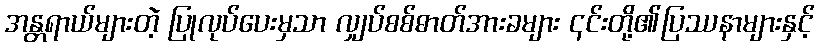
အန္တရာယ်များတဲ့ ပြုလုပ်ပေးမှသာ လျှပ်စစ်ဓာတ်အားခများ ၎င်းတို့၏ပြဿနာများနှင့်